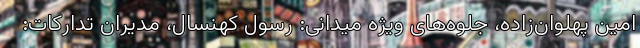
امین پهلوان‌زاده، جلوه‌های ویژه میدانی: رسول کهنسال، مدیران تدارکات: